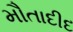
મૌતાદીદ